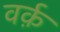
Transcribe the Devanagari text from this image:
वर्क़